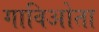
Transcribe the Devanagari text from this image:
गाविओता